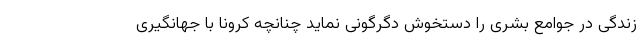
زندگی در جوامع بشری را دستخوش دگرگونی نماید چنانچه کرونا با جهانگیری